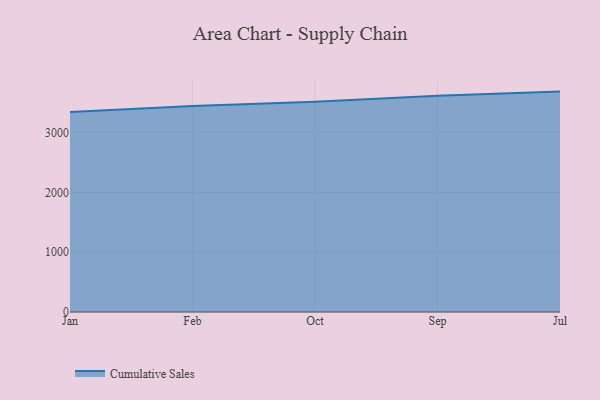
{"axis": {"x": "Month", "y": "Population (Million)"}, "legend": ["Cumulative Sales"], "data": [{"x": "Jan", "y": 3346.5, "type": "Cumulative Sales"}, {"x": "Feb", "y": 3447.1, "type": "Cumulative Sales"}, {"x": "Oct", "y": 3517.3, "type": "Cumulative Sales"}, {"x": "Sep", "y": 3617.3, "type": "Cumulative Sales"}, {"x": "Jul", "y": 3688.6, "type": "Cumulative Sales"}]}